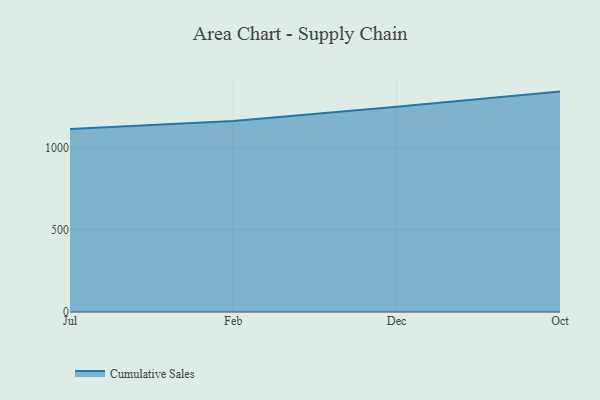
{"axis": {"x": "Month", "y": "Demand Index"}, "legend": ["Cumulative Sales"], "data": [{"x": "Jul", "y": 1111.3, "type": "Cumulative Sales"}, {"x": "Feb", "y": 1160.9, "type": "Cumulative Sales"}, {"x": "Dec", "y": 1246.5, "type": "Cumulative Sales"}, {"x": "Oct", "y": 1338.9, "type": "Cumulative Sales"}]}